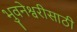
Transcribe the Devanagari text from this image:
भुवनेश्वरीसाठी